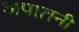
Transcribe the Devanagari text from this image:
अपातनी